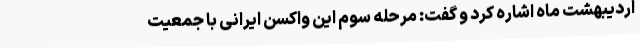
اردیبهشت ماه اشاره کرد و گفت: مرحله سوم این واکسن ایرانی با جمعیت